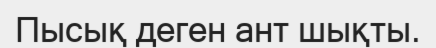
Пысық деген ант шықты.